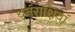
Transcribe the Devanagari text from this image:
धनराशियाँ